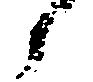
候